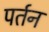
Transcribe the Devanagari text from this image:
पर्तन